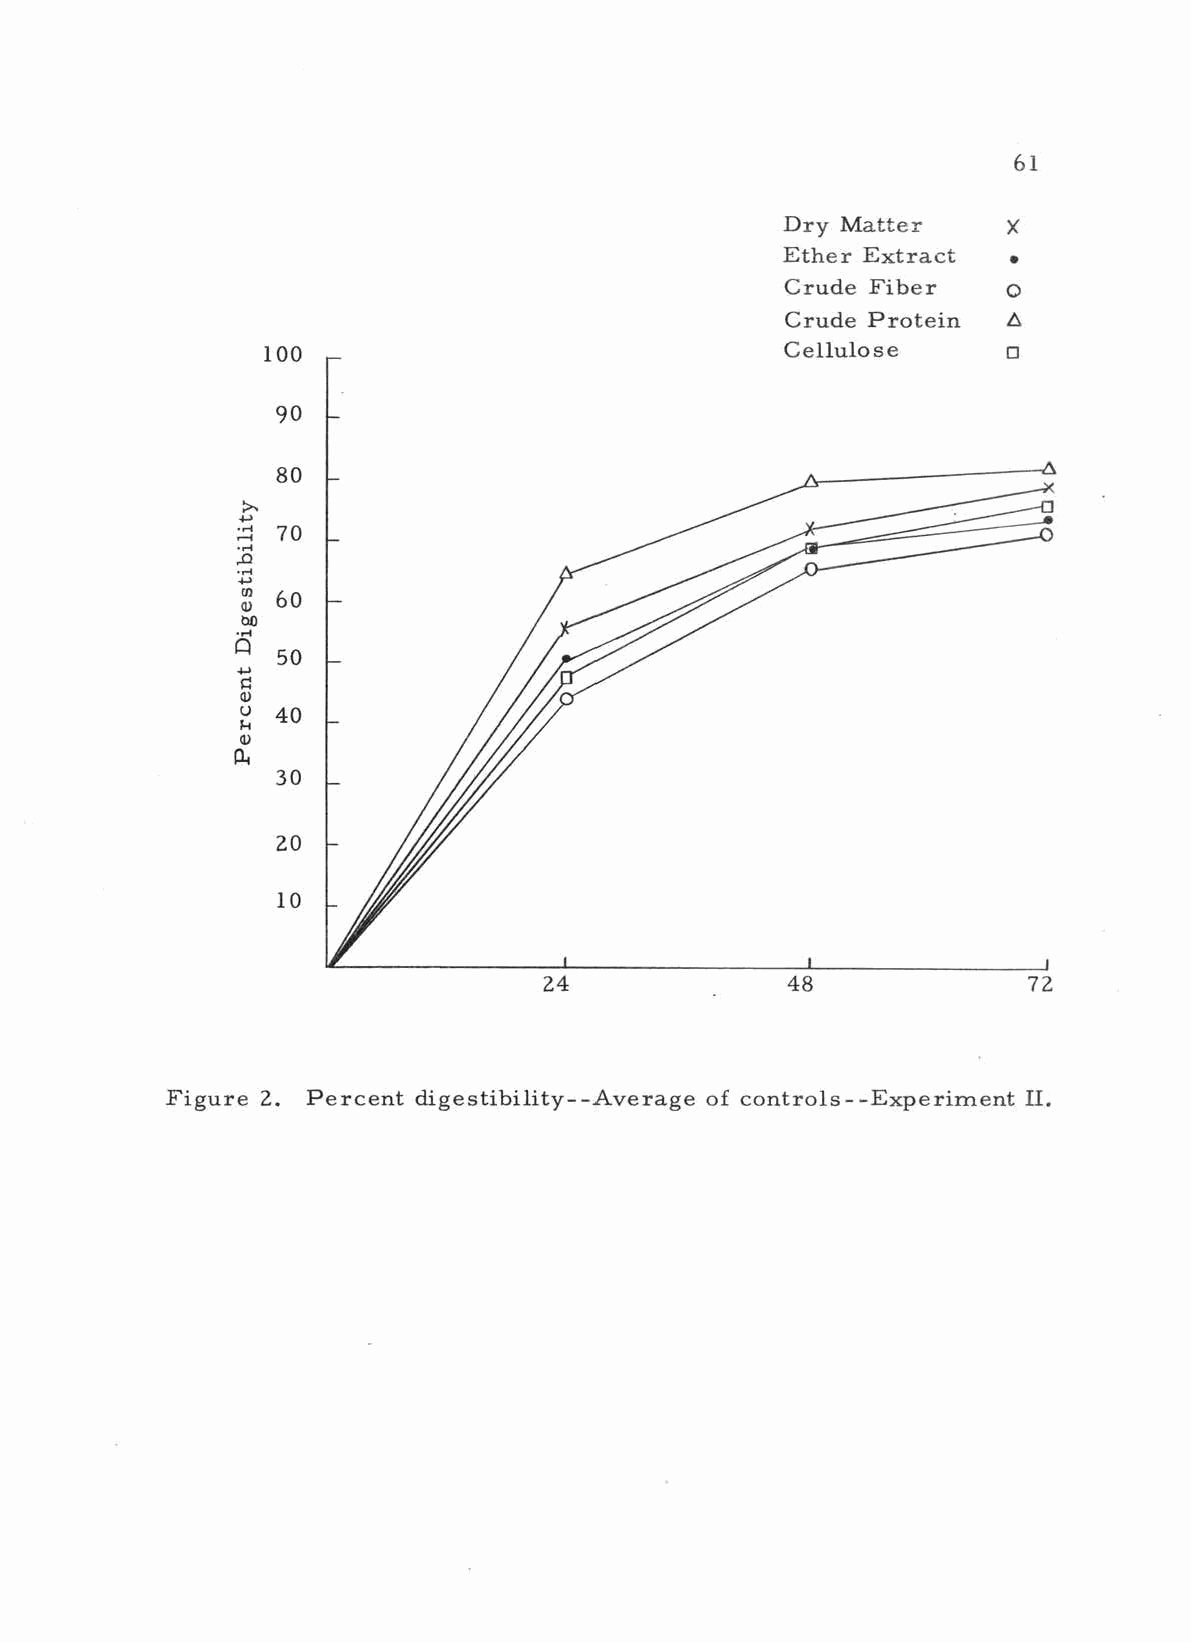
61
 Dry Matter
 X
 Ether Extract
 Crude Fiber    o
 Crude Protein  A
 100                               Cellulose      o
 90
 80
 70
 Á
 60
 Ca 50
 I--
 40
 30
 20
 10
 J
 1               1
 24              48              72
 Figure 2. Percent digestibility -- Average of controls -- Experiment II.
 tnecreP
 ytilibitsegiD